Lunatic asylums Central Provinces reports 1895-1909 - 1895-1909
Year: 1895
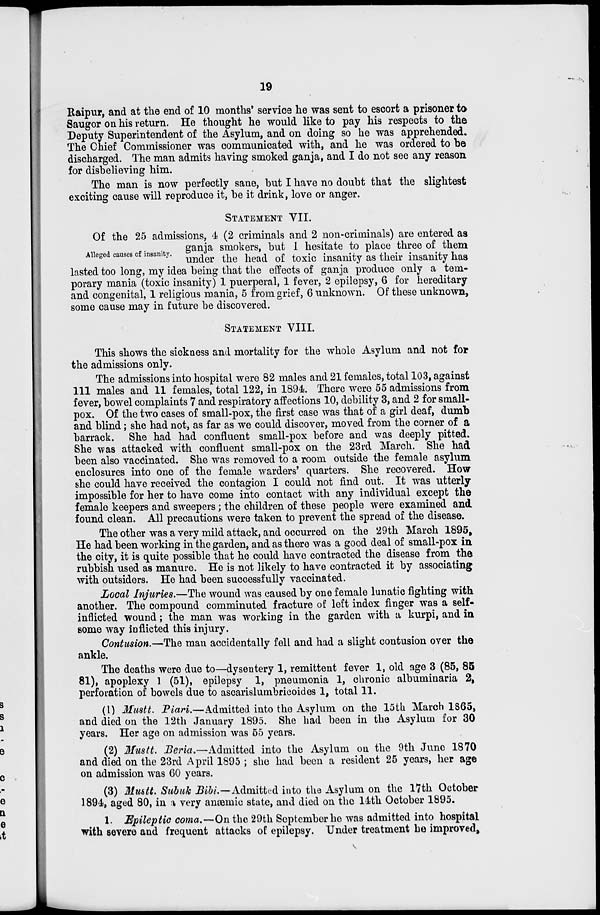
19
Raipur, and at the end of 10 months' service he was sent to escort a prisoner to
Saugor on his return. He thought he would like to pay his respects to the
Deputy Superintendent of the Asylum, and on doing so he was apprehended.
The Chief Commissioner was communicated with, and he was ordered to be
discharged. The man admits having smoked ganja, and I do not see any reason
for disbelieving him.
The man is now perfectly sane, but I have no doubt that the slightest
exciting cause will reproduce it, be it drink, love or anger.
STATEMENT VII.
Alleged causes of insanity.
Of the 25 admissions, 4 (2 criminals and 2 non-criminals) are entered as
ganja smokers, but 1 hesitate to place three of them
under the head of toxic insanity as their insanity has
lasted too long, my idea being that the effects of ganja produce only a tem-
porary mania (toxic insanity) 1 puerperal, 1 fever, 2 epilepsy, 6 for hereditary
and congenital, 1 religious mania, 5 from grief, 6 unknown. Of these unknown,
some cause may in future be discovered.
STATEMENT VIII.
This shows the sickness and mortality for the whole Asylum and not for
the admissions only.
The admissions into hospital were 82 males and 21 females, total 103, against
111 males and 11 females, total 122, in 1894. There were 55 admissions from
fever, bowel complaints 7 and respiratory affections 10, debility 3, and 2 for small-
pox. Of the two cases of small-pox, the first case was that of a girl deaf, dumb
and blind; she had not, as far as we could discover, moved from the corner of a
barrack. She had had confluent small-pox before and was deeply pitted.
She was attacked with confluent small-pox on the 23rd March. She had
been also vaccinated. She was removed to a room outside the female asylum
enclosures into one of the female warders' quarters. She recovered. How
she could have received the contagion I could not find out. It was utterly
impossible for her to have come into contact with any individual except the
female keepers and sweepers; the children of these people were examined and
found clean. All precautions were taken to prevent the spread of the disease.
The other was a very mild attack, and occurred on the 29th March 1895,
He had been working in the garden, and as there was a good deal of small-pox in
the city, it is quite possible that he could have contracted the disease from the
rubbish used as manure. He is not likely to have contracted it by associating
with outsiders. He had been successfully vaccinated.
Local Injuries.—The wound was caused by one female lunatic fighting with
another. The compound comminuted fracture of left index finger was a self-
inflicted wound; the man was working in the garden with a kurpi, and in
some way inflicted this injury.
Contusion.—The man accidentally fell and had a slight contusion over the
ankle.
The deaths were due to—dysentery 1, remittent fever 1, old age 3 (85, 85
81), apoplexy 1 (51), epilepsy 1, pneumonia 1, chronic albuminaria 2,
perforation of bowels due to ascarislumbricoides 1, total 11.
(1) Mustt. Piari.—Admitted into the Asylum on the 15th March 1865,
and died on the 12th January 1895. She had been in the Asylum for 30
years. Her age on admission was 55 years.
(2) Mustt. Beria.—Admitted into the Asylum on the 9th June 1870
and died on the 23rd April 1895 ; she had been a resident 25 years, her age
on admission was 60 years.
(3) Mustt. Subuk Bibi.—Admitted into the Asylum on the 17th October
1894, aged 80, in a very anæmic state, and died on the 14th October 1895.
1. Epileptic coma.—On the 29th September he was admitted into hospital
with severe and frequent attacks of epilepsy. Under treatment he improved,